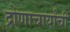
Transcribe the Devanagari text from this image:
द्रोणाचार्यांची